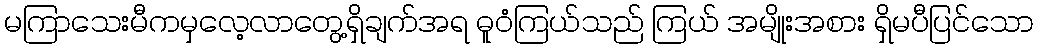
မကြာသေးမီကမှလေ့လာတွေ့ရှိချက်အရ ဓူဝံကြယ်သည် ကြယ် အမျိုးအစား ရှိမပီပြင်သော